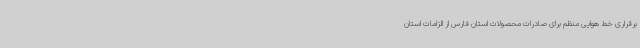
برقراری خط هوایی منظم برای صادرات محصولات استان فارس از الزامات استان